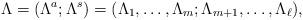
LaTeX: \begin{gather*}\Lambda=(\Lambda^{a};\Lambda^{s})=(\Lambda_1,\ldots,\Lambda_m;\Lambda_{m+1},\ldots,\Lambda_\ell),\end{gather*}